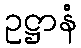
ဥဋ္ဌာနံ